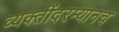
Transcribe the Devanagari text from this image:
व्यक्तींदरम्यानच